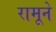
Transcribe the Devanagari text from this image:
रामूने